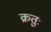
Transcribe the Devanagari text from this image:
क्रतुः